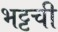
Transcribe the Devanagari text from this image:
भट्टची